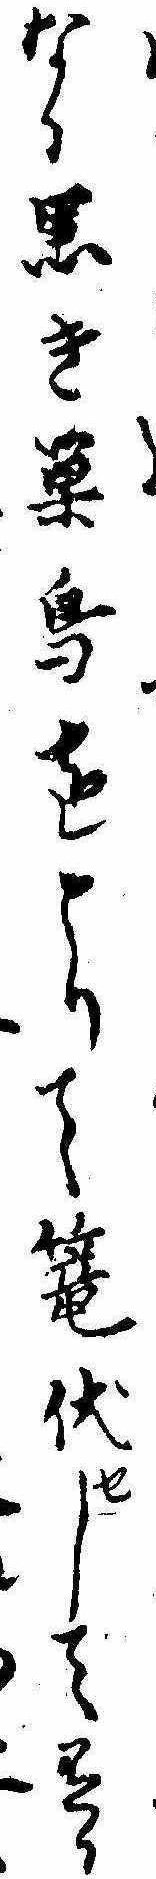
なる黒き巣烏をとりて篭伏せして有り